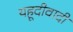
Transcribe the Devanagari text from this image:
यहूदीवादी